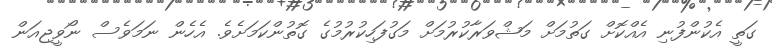
ގަތީ އެކުންފުނި އެއްކޮށް ގަތުމަށް މަޝްވަރާކުރުމަށް މަގުފަހިކުރުމުގެ ގޮތުންކަމަށެވެ. އެހެން ނަމަވެސް ނޯވީޖިއަން